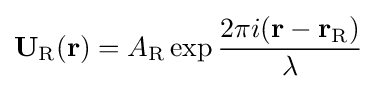
\mathbf {U} _{\text{R}}(\mathbf {r} )=A_{\text{R}}\exp {\frac {2\pi i(\mathbf {r} -\mathbf {r} _{\text{R}})}{\lambda }}